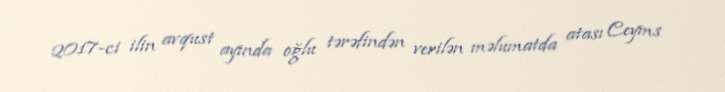
2017-ci ilin avqust ayında oğlu tərəfindən verilən məlumatda atası Ceyms